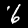
Label: 6